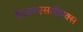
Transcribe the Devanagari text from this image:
वीआरएससीएक्स